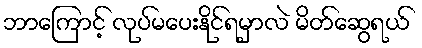
ဘာကြောင့် လုပ်မပေးနိုင်ရမှာလဲ မိတ်ဆွေရယ်